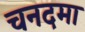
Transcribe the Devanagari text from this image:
चनदमा